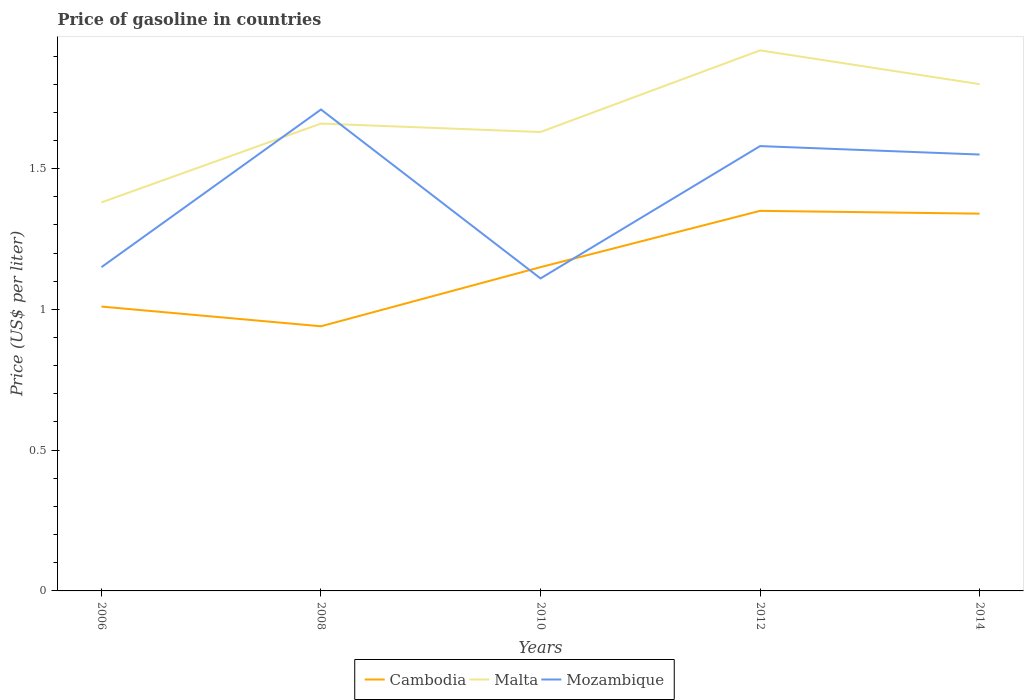
| Years | Cambodia | Malta | Mozambique |
 | --- | --- | --- | --- |
 | 2006 | 1.01 | 1.38 | 1.15 |
 | 2008 | 0.94 | 1.66 | 1.71 |
 | 2010 | 1.15 | 1.63 | 1.11 |
 | 2012 | 1.35 | 1.92 | 1.58 |
 | 2014 | 1.34 | 1.8 | 1.55 |